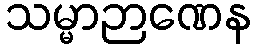
သမ္မာဉာဏေန